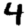
Digit: 4